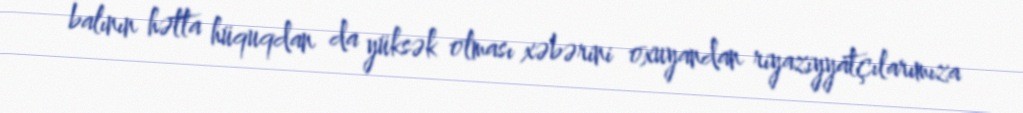
balının hətta hüquqdan da yüksək olması xəbərini oxuyandan riyaziyyatçılarımıza